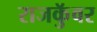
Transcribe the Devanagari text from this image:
राजकुॅवर